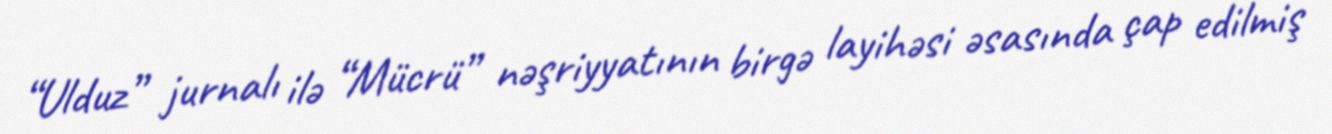
“Ulduz” jurnalı ilə “Mücrü” nəşriyyatının birgə layihəsi əsasında çap edilmiş